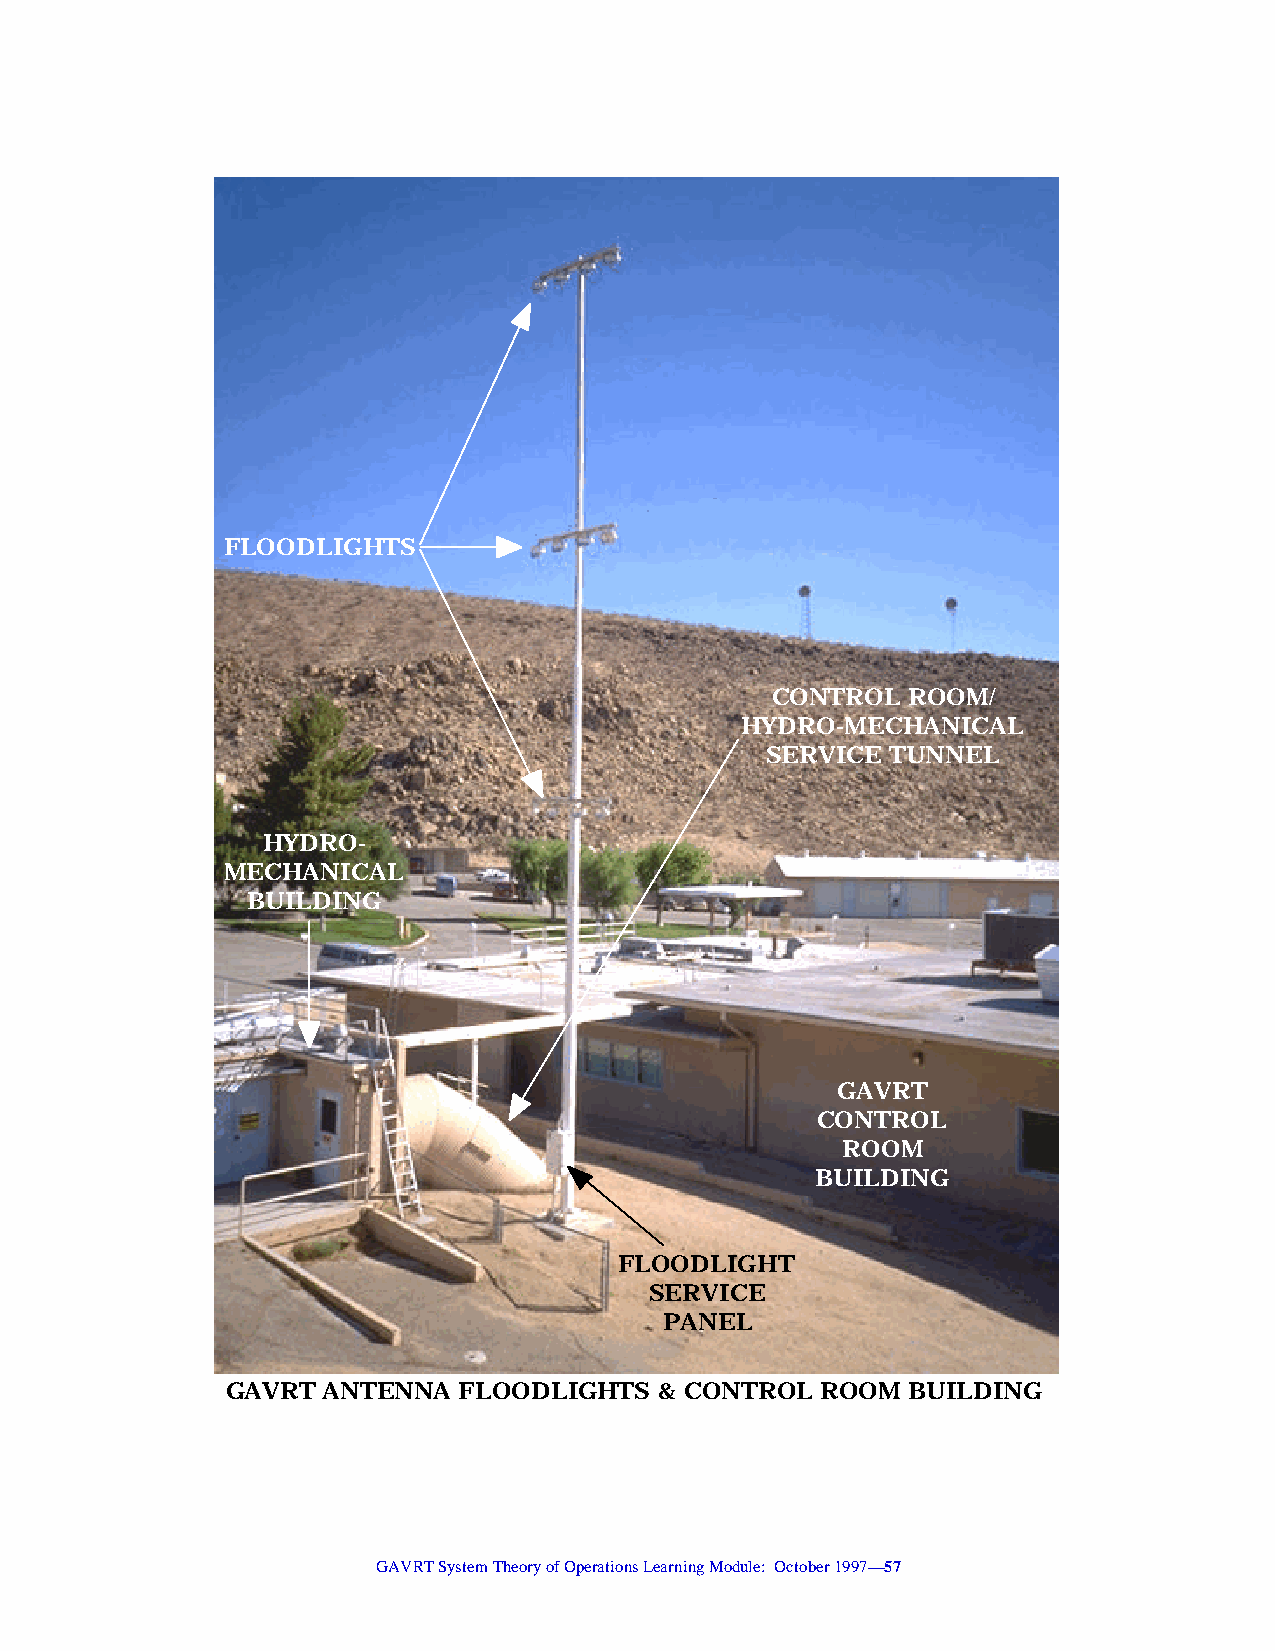
FLOODLIGHTS
 CONTROL  ROOM/
 HYDRO-MECHANICAL
 SERVICE TUNNEL
 HYDRO-
 MECHANICAL
 BUILDING
 GAVRT
 CONTROL
 ROOM
 BUILDING
 FLOODLIGHT
 SERVICE
 PANEL
 GAVRT ANTENNA  FLOODLIGHTS   & CONTROL ROOM  BUILDING
 GAVRT System Theory of Operations Learning Module: October 1997—57